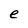
Character: e